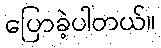
ပြောခဲ့ပါတယ်။